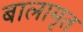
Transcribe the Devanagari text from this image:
बालामृत